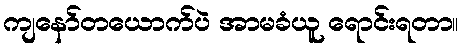
ကျနော်တယောက်ပဲ အာမခံယူ ရောင်းရတာ။